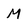
Character: M